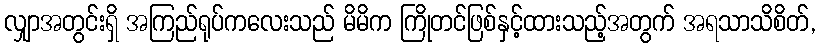
လျှာအတွင်းရှိ အကြည်ရုပ်ကလေးသည် မိမိက ကြိုတင်ဖြစ်နှင့်ထားသည့်အတွက် အရသာသိစိတ်,